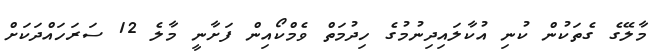
މާލޭގެ ގެތަކުން ކުނި އުކާލައިދިނުމުގެ ހިދުމަތް ވެމްކޯއިން ފަށާނީ މާލެ 12 ސަރަހައްދަކަށް